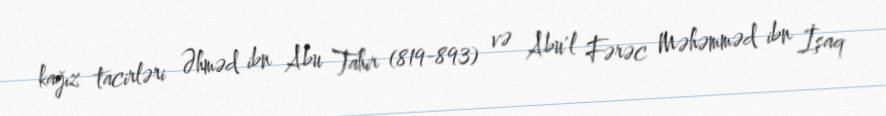
kağız tacirləri Əhməd ibn Abu Tahir (819-893) və Abu'l Fərəc Məhəmməd ibn İşaq